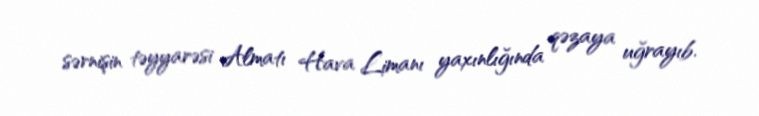
sərnişin təyyarəsi Almatı Hava Limanı yaxınlığında qəzaya uğrayıb.